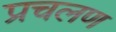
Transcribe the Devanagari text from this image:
प्रचलण